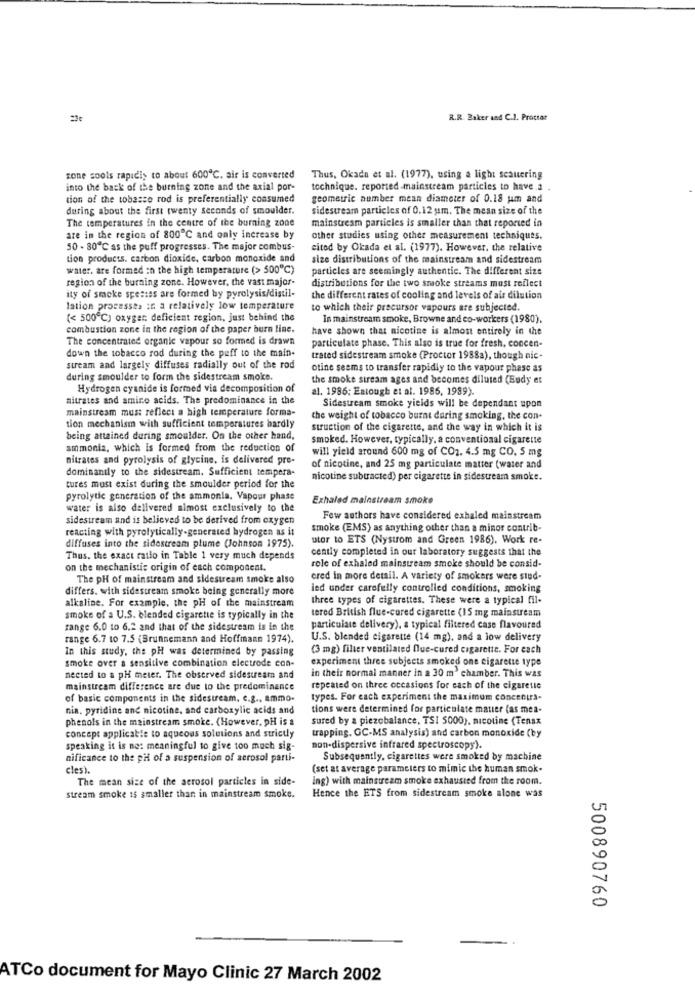
R.R. Baker and C.J. Prottar
zone sools rapidly to about 600℃. air is converted
Thus, Okada et al. (1977), using a light seauering
into the back of the burning zone and the axial por-
technique. reported-mainstream particles to have .a .
tion of the tobasse rod is preferentially consumed
geometric number mean diameter of 0.18 um and
during about the first twenty seconds of smoulder.
sidestream particles of 0.12 um. The mean size of the
The temperatures in the centre of the burning zone
mainstream particles is smaller than that reported in
are in the region of 800℃ and only increase by
other studies using other measurement techniques.
50 - 80℃ as the puff progresses. The major combus-
citod by Okada et al. (1977). However, the relative
tion products. carbon dioxide, carbon monoxide and
size distributions of the mainstream and sidestream
water. are formed in the high temperature (> 500℃)
particles are seemingly authentic. The different size
region of the burning zone. However, the vast major-
ity of smoke spestes are formed by pyrolysis/distil-
distributions for the two smoke streams must reflect
the different rates of cooling and levels of air dilution
lation processes : a relatively low temperature
to which their precursor vapours are subjected.
(< 500℃) oxygen: deficient region, just behind the
In mainstream smoke, Browne and co-workers (1980).
combustion zone in the region of the paper burn line.
have shown that nicotine is almost entirely in the
The concentrated organic vapour so formed is drawn
particulate phase. This also is true for fresh, concen-
down the tobacco rod during the puff to the main-
trated sidestream smoke (Proctor 1988a), though nic-
stream and largely diffuses radially out of the rod
otine seems to transfer rapidly to the vapour phase as
during smoulder to form the sidestream smoke.
the smoke stream ages and becomes diluted (Budy et
Hydrogen cyanide is formed via decomposition of
al. 1986; Estough et al. 1986, 1989).
nitrates and amino acids. The predominance in the
mainstream must reflect a high temperature forma-
Sidestream smoke yields will be dependant upon
the weight of tobacco burnt during smoking, the con-
tion mechanism with sufficient temperatures hardly
struction of the cigarette, and the way in which it is
being attained during smoulder. On the other hand,
smoked. However, typically, a conventional cigarette
ammonia, which is formed from the reduction of
will yield around 600 mg of CO2. 4.5 mg CO. 5 mg
nitrates and pyrolysis of glycine, is delivered pre-
dominantly to the sidestream. Sufficient tempera-
of nicotine, and 25 mg particulate matter (water and
nicotine subtracted) per cigarette in sidestream smoke.
tures must exist during the smoulder period for the
pyrolytic generation of the ammonia, Vapour phase
Exhaled mainstream smoke
water is also delivered almost exclusively to the
sidestream and is believed to be derived from oxygen
Few authors have considered exhaled mainstream
reacting with pyrolytically-generated hydrogen as it
smoke (EMS) as anything other than a minor contrib-
diffuses into the sidestream plume (Johnson 1975).
utor to ETS (Nystrom and Green 1986). Work re-
cently completed in our laboratory suggests that the
Thus, the exact ratio in Table 1 very much depends
on the mechanistic origin of each component.
role of exhaled mainstream smoke should be consid-
The pH of mainstream and sidestream smoke also
ered in more detail. A variety of smokers were siud-
differs. with sidestream smoke being generally more
led under carefully controlled conditions, smoking
alkaline. For example, the pH of the mainstream
three types of cigarettes. These were a typical fil-
tered British flue-cured cigarette (15 mg mainstream
smoke of a U.S. blended cigarette is typically in the
range 6.0 to 6.2 and that of the sidestream is in the
particulate delivery), a typical filtered case flavoured
range 6.7 to 7.5 (Brunnemann and Hoffmann 1974).
U.S. blended cigarette (14 mg), and a low delivery
In this study, the pH was determined by passing
(3 mg) filter ventilated flue-cured cigarette. For each
smoke over a sensitive combination electrode con-
experiment three subjects smoked one cigarette type
nected to a pH meier. The observed sidestream and
in their normal manner in a 30 m' chamber. This was
mainstream difference are due to the predominance
repeated on three occasions for each of the cigaretic
of basic components in the sidestream. c.g ., ammo-
types. For each experiment the maximum concentrs.
nia. pyridine and nicotine, and carboxylic acids and
tions were determined for particulate mauer (as mea-
phenols in the mainstream smoke. (However, pH is a
sured by a piezobalance, TSI 5000), nicotine (Tenax
concept applicable to aqueous solutions and strictly
trapping. GC-MS analysis) and carbon monoxide (by
speaking it is no: meaningful to give too much sig-
non-dispersive infrared spectroscopy).
nificance to the pHi of a suspension of aerosol parti-
Subsequently, cigarettes were smoked by machine
cles).
(set at average paramciers to mimic the human smok-
The mean size of the aerosol particles in side-
ing) with mainstream smoke exhausted from the room.
stream smoke 15 smaller than in mainstream smoke.
Hence the ETS from sidestream smoke alone was
500890760
ATCo document for Mayo Clinic 27 March 2002